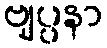
ဗျပ္ပနာ